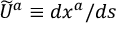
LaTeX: { \widetilde { U } } ^ { a } \equiv d x ^ { a } / d s